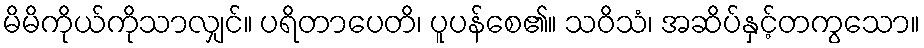
မိမိကိုယ်ကိုသာလျှင်။ ပရိတာပေတိ၊ ပူပန်စေ၏။ သဝိသံ၊ အဆိပ်နှင့်တကွသော။